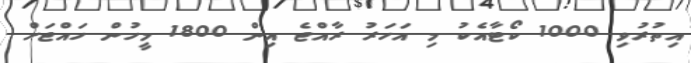
އިތުރުވި 1000 ކޯޓާއެކު މި އަހަރު ރާއްޖެ އިން 1800 މީހުން ހައްޖަށް